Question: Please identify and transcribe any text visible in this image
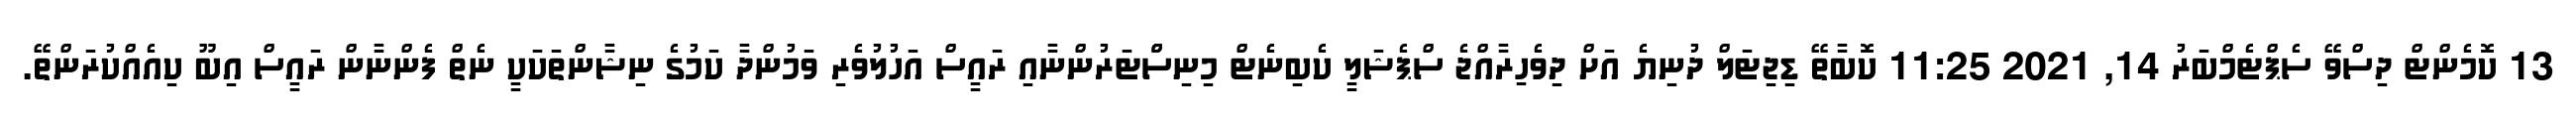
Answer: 13 ކޮމެންޓް ދިސްވޭ ސެޕްޓެމްބަރު 14, 2021 11:25 ކޮބާތޭ ޑިޖިޓަލް ދުނިޔެ އަށް ދިވެހިރާއްޖެ ސްޕެޝަލީ ކެބިނެޓް މިނިސްްޓަރުންނާއި ރައީސް އަހުލުވެރި ވަމުންދާ ކަމުގެ ނިޝާންތަކަކީ ނެތް ފެންނާން ރައީސް އިބޫ ކިއެއްކުރަންތޭ.